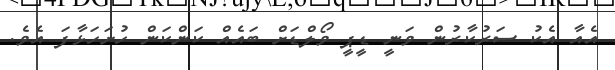
އެއާ އެކު ސަރުކާރުން ވަނީ ޑީޕީ ވޯލްޑަށް ބައެއް ކަންކަން ހުށަހަޅާފަ އެވެ.